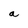
Character: a